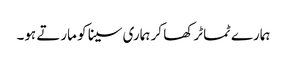
ہمارے ٹماٹر کھا کر ہماری سینا کو مارتے ہو۔